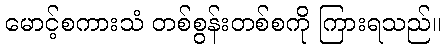
မောင့်စကားသံ တစ်စွန်းတစ်စကို ကြားရသည်။